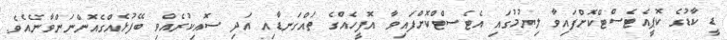
ޑީ ކާޑުގެ ކޮޕީއެޓެސްޓްކޮށްފައިވާ ލިޔުމުގައި އެޓެސްޓްކޮށްފައިވާ އޮފީހެއްގެ ތައްގަނޑާއި އަދި ސޮއިކުރެއްވި ބޭފުޅެއްގެއޮންނަންވާނެއެވެ.